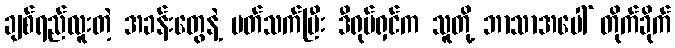
ချစ်ရည်လူးတဲ့ အခန်းတွေနဲ့ ပတ်သက်ပြီး ဒီရုပ်ရှင်က သူတို့ ဘာသာအပေါ် တိုက်ခိုက်